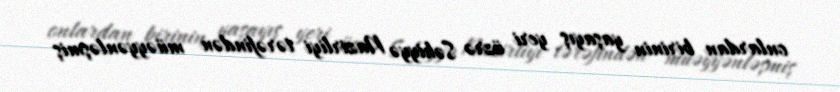
onlardan birinin yaşayış yeri üzrə Səhiyyə Nazirliyi tərəfindən müəyyənləşmiş